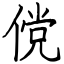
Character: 傥